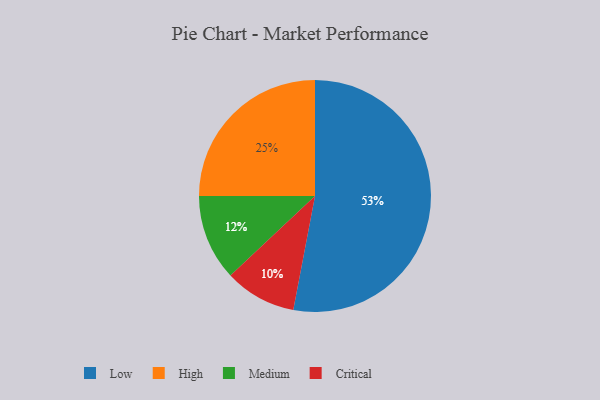
{"axis": {"x": "Category", "y": "Percentage"}, "legend": ["Critical", "High", "Low", "Medium"], "data": [{"x": "Low", "y": 53, "type": "Low"}, {"x": "Critical", "y": 10, "type": "Critical"}, {"x": "Medium", "y": 12, "type": "Medium"}, {"x": "High", "y": 25, "type": "High"}]}